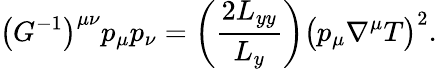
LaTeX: \bigl(G^{-1}\bigr)^{\mu\nu}p_{\mu}p_{\nu}=\left(\frac{2L_{yy}}{L_{y}}\right)\bigl(p_{\mu}\nabla^{\mu}T\bigr)^{2}.